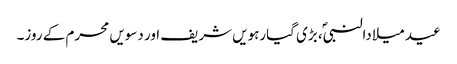
عید میلادالنبیؐ، بڑی گیارہویں شریف اور دسویں محرم کے روز۔